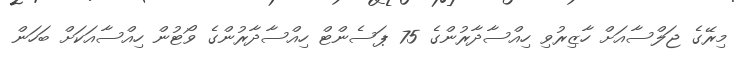
މިރޭގެ ޖަލްސާއަށް ހާޒިރުވި ހިއްސާދާރުންގެ 75 ޕަސެންޓް ހިއްސާދާރުންގެ ވޯޓުން ހިއްސާއަކަށް ބަހަން